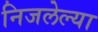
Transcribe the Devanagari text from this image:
निजलेल्या